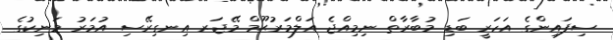
ސިފައިންގެ އަހަރީ ބަޑި މުބާރާތް ނިމިއްޖެ އަލްމަރުޙޫމް މޭޖަރ އިނގިރޭސި އުމަރު މަނިކުގެ